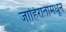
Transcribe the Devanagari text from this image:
जाहिरातीमधून